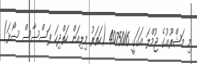
މި މަޝްރޫޢުގެ ޖުމްލަ އަގަގީ 4075016 (ހަތަރު މިލިއަން ހަތްދިހަ ފަސްސާސް ސޯޅަ)